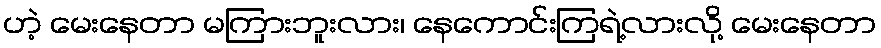
ဟဲ့ မေးနေတာ မကြားဘူးလား၊ နေကောင်းကြရဲ့လားလို့ မေးနေတာ